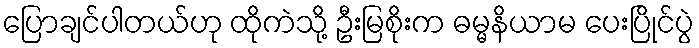
ပြောချင်ပါတယ်ဟု ထိုကဲသို့ ဦးမြစိုးက ဓမ္မနိယာမ ပေးပြိုင်ပွဲ